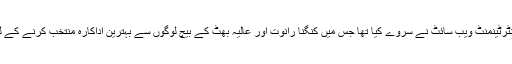
دراصل، ایک انٹرٹینمنٹ ویب سائٹ نے سروے کیا تھا جس میں کنگنا رانوت اور عالیہ بھٹ کے بیچ لوگوں سے بہترین اداکارہ منتخب کرنے کے لئے کہا گیا تھا۔